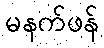
မနက်ဖန်